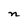
Character: n